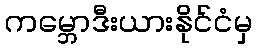
ကမ္ဘောဒီးယားနိုင်ငံမှ